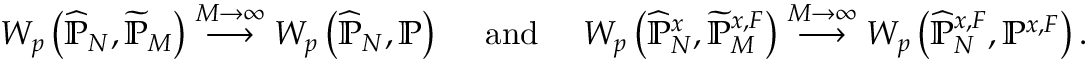
W _ { p } \left( \widehat { \mathbb { P } } _ { N } , \widetilde { \mathbb { P } } _ { M } \right) \overset { { \scriptstyle M \rightarrow \infty } } { \longrightarrow } W _ { p } \left( \widehat { \mathbb { P } } _ { N } , \mathbb { P } \right) \quad \mathrm { ~ a n d ~ } \quad W _ { p } \left( \widehat { \mathbb { P } } _ { N } ^ { x } , \widetilde { \mathbb { P } } _ { M } ^ { x , F } \right) \overset { { \scriptstyle M \rightarrow \infty } } { \longrightarrow } W _ { p } \left( \widehat { \mathbb { P } } _ { N } ^ { x , F } , \mathbb { P } ^ { x , F } \right) .